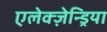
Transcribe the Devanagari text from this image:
एलेक्ज़ेन्ड्रिया